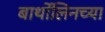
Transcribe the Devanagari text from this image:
बार्थोलिनच्या